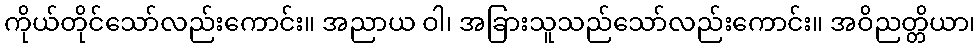
ကိုယ်တိုင်သော်လည်းကောင်း။ အညာယ ဝါ၊ အခြားသူသည်သော်လည်းကောင်း။ အဝိညတ္တိယာ၊